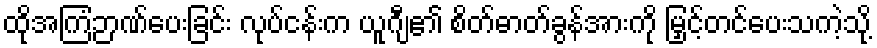
ထိုအကြံဉာဏ်ပေးခြင်း လုပ်ငန်းက ယူဂျီ၏ စိတ်ဓာတ်ခွန်အားကို မြှင့်တင်ပေးသကဲ့သို့